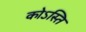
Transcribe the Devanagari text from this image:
कोऽस्ति